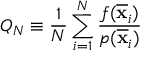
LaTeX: Q _ { N } \equiv { \frac { 1 } { N } } \sum _ { i = 1 } ^ { N } { \frac { f ( { \overline { { \mathbf { x } } } } _ { i } ) } { p ( { \overline { { \mathbf { x } } } } _ { i } ) } }